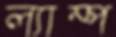
ল্যাম্প